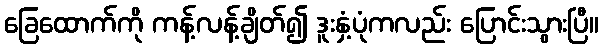
ခြေထောက်ကို ကန့်လန့်ချိတ်၍ ဒူးနှံ့ပုံကလည်း ပြောင်းသွားပြီ။